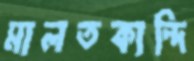
মালতকান্দি